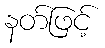
နတ်ဖြင့်